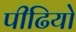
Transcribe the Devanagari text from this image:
पीढियो